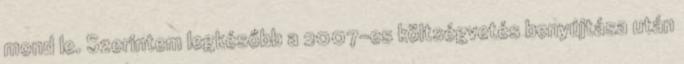
mond le. Szerintem legkésőbb a 2007-es költségvetés benyújtása után